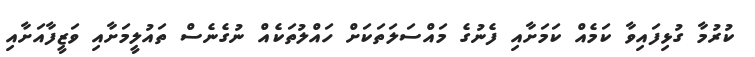
ކުރުމާ ގުޅިފައިވާ ކަމެއް ކަމަށާއި ފެނުގެ މައްސަލަތަކަށް ހައްލުތަކެއް ނުގެނެސް ތައުލީމަށާއި ވަޒީފާއަށާއި